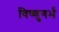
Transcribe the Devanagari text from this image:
विष्णुगर्भ